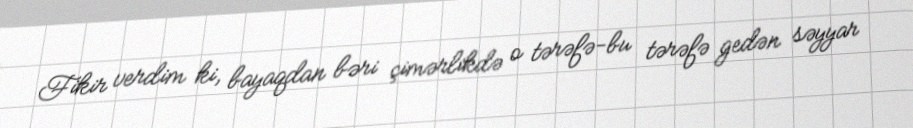
Fikir verdim ki, bayaqdan bəri çimərlikdə o tərəfə-bu tərəfə gedən səyyar